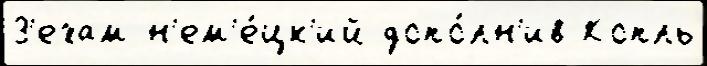
З'ехам н'ем'е́цк'ий допо́лн'ив Копль